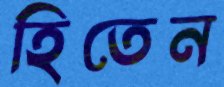
হিতেন